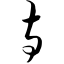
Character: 寺